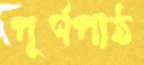
পূর্ণপাঠ